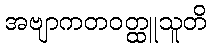
အဗျာကတဝတ္ထူသူတိ